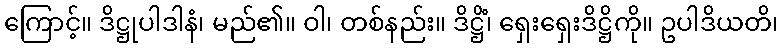
ကြောင့်။ ဒိဋ္ဌုပါဒါနံ၊ မည်၏။ ဝါ၊ တစ်နည်း။ ဒိဋ္ဌိံ၊ ရှေးရှေးဒိဋ္ဌိကို။ ဥပါဒိယတိ၊